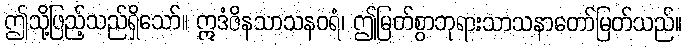
ဤသို့ဖြည့်သည်ရှိသော်။ ဣဒံဇိနသာသနဝရံ၊ ဤမြတ်စွာဘုရားသာသနာတော်မြတ်သည်။